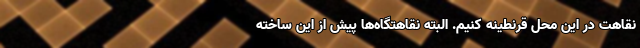
نقاهت در این محل قرنطینه کنیم. البته نقاهتگاه‌ها پیش از این ساخته